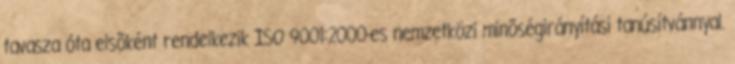
tavasza óta elsõként rendelkezik ISO 9001:2000-es nemzetközi minõségirányítási tanúsítvánnyal.